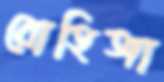
রোহিঙ্গা